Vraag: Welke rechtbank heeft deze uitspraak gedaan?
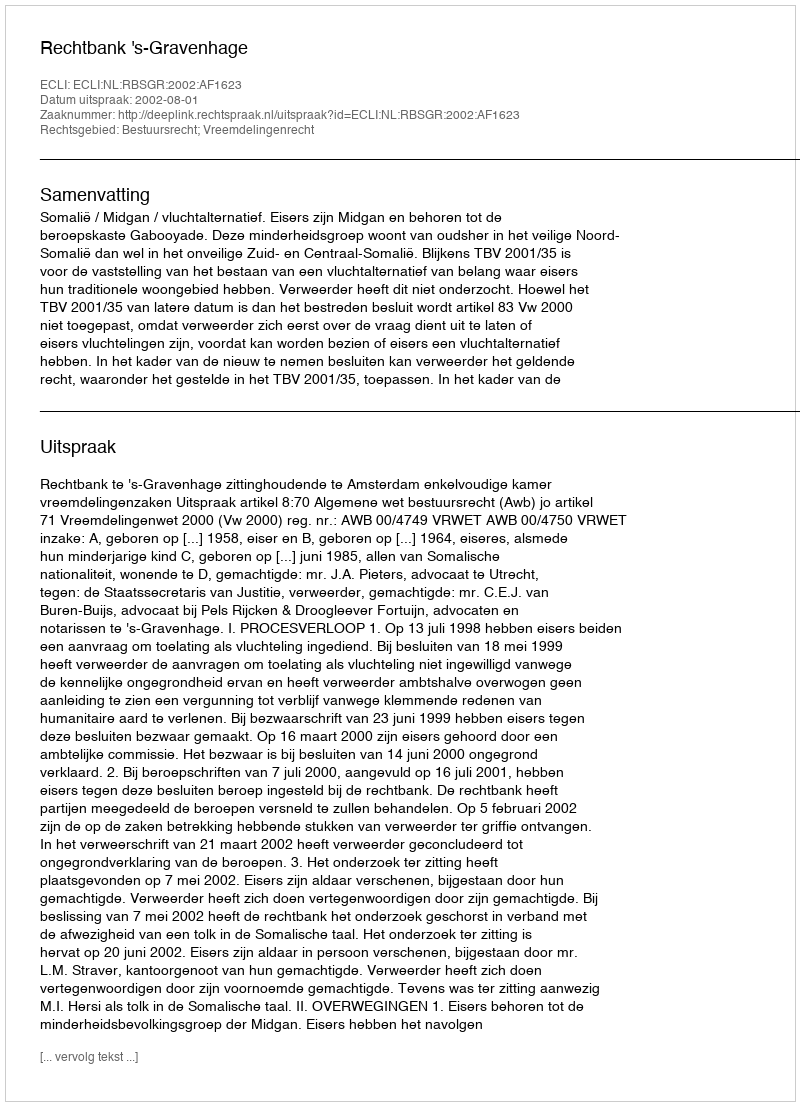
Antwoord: Rechtbank 's-Gravenhage